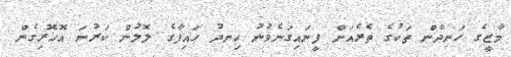
މާޒީގެ ހަނދާން ތަކުގެ ތެރެއަށް ފީނައިގަނެވުނު ހިނދު ހައިފާގެ ލޮލުން ކަރުނަ އޮހޮރިގެން